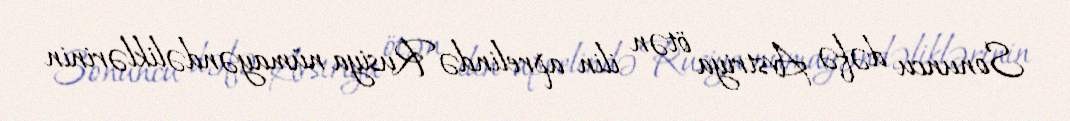
Sonuncu dəfə Avstriya ötən ilin aprelində Rusiya nümayəndəliklərinin